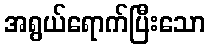
အရွယ်ရောက်ပြီးသော